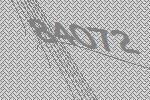
84072